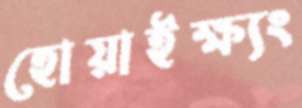
হোয়াইক্ষ্যং